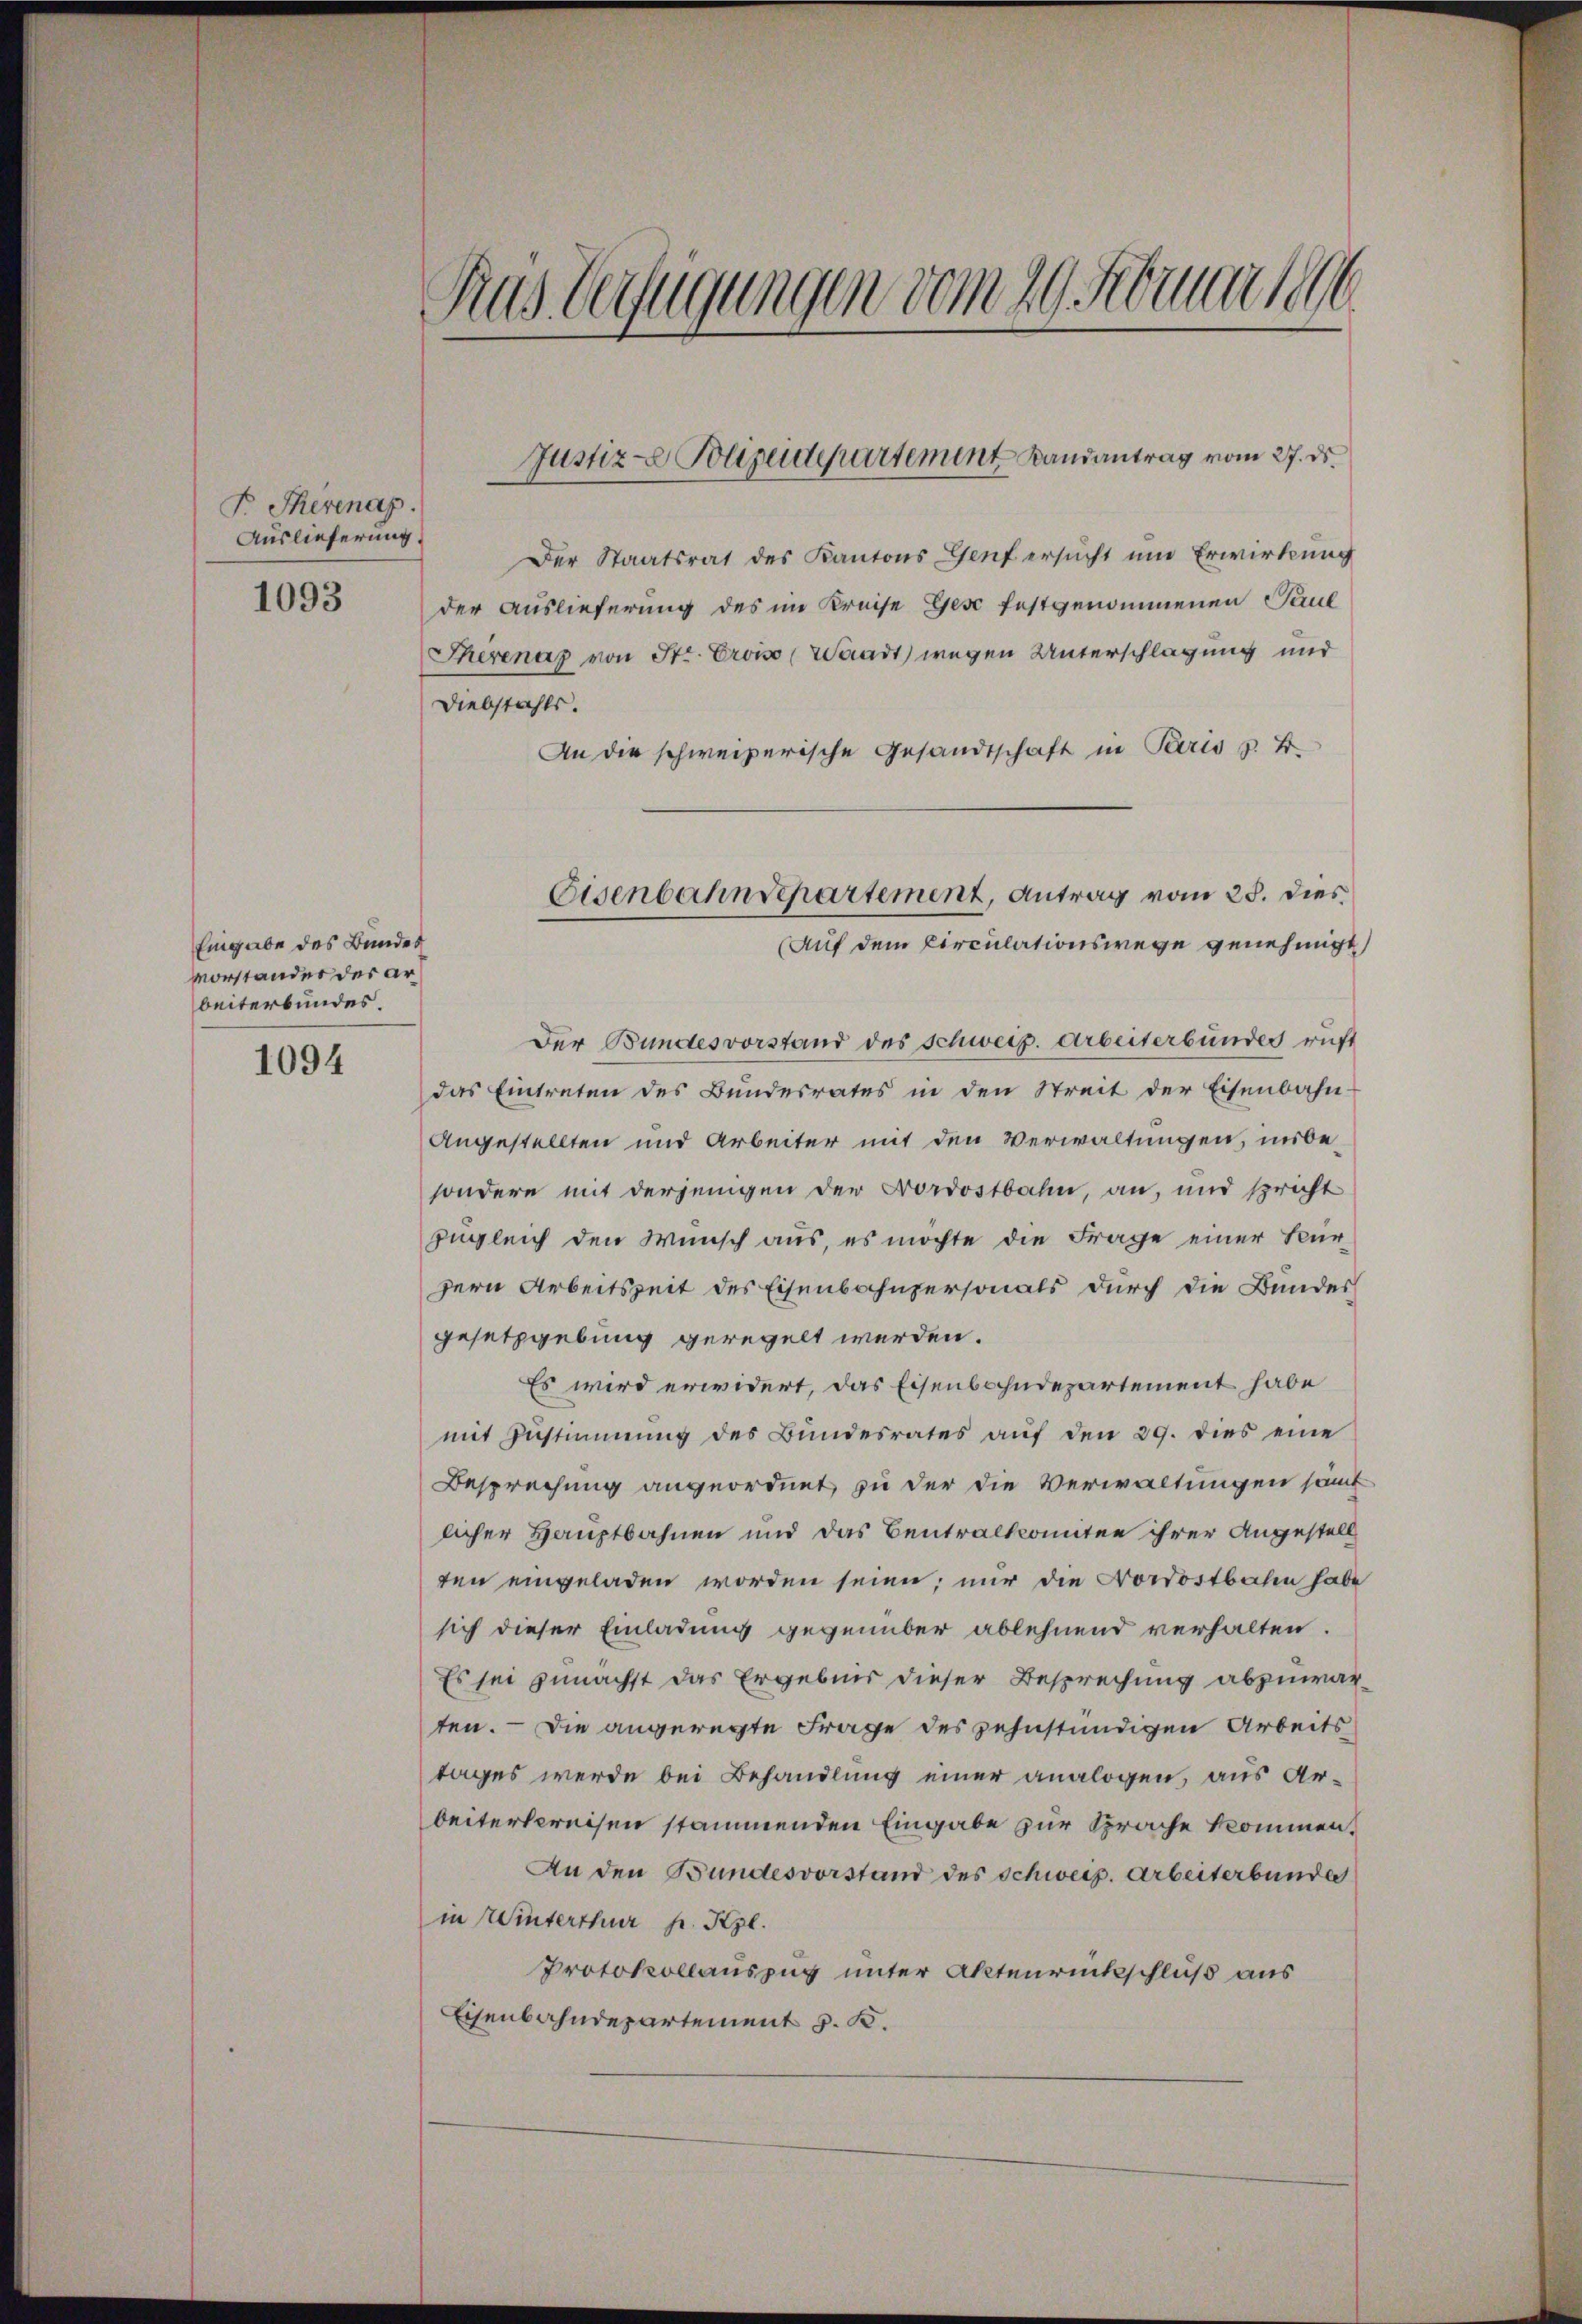
P. Therenap.
Auslieferung.
1093

Eingabe des Bundes
vorstander der arbeiterbundes.

1094

Aus Verfügungen vom 29. Februar 1896

Der Staatsrat des Kantons Genf ersucht um Erwirkung
der Auslieferung des im Kreise Gese festgenommenen Paul
Therenaz von Str. Erois (Waadt) wegen Unterschlagung und
Diebstahls.
An die schweizerische Gesandtschaft in Paris z. B.
Der Bundesvorstand des Schweiz. Arbeiterbundes ruft
das Eintreten des Bundesrates in den Streit der Eisenbahn-
Angestellten und Arbeiter mit den Verwaltungen, unbesondern mit derjenigen der Nordostbahn, an, und spricht
zugleich den Wunsch aus, es möchte die Frage einer Kur¬
Hern Arbeitszeit des Eisenbahnpersonals durch die Bundes
gesetzgebung geregelt werden.
Es wird erwidert, das Eisenbahndepartement habe
mit Zustimmung des Bundesrates aŭf den 29. dies eine
Besprechung angeordnet zu der die Verwaltungen sämt
licher Hauptbahnen und das Centralkomitee ihrer Angestell
ten eingeladen worden seien; nur die Nordostbahn habe
sich dieser Einladung gegenüber ablehnend verhalten.
Es sei zunächst das Ergebnis dieser Besprechung abzuwarten. — Die angeregte Frage des zehnstündigen Arbeits
tages werde bei Behandlung einer analogen, aus Arbeiterbereisen stammenden Eingabe zur Sprache kommen.
An den Bundesvorstand des Schweiz. Arbeiterbunde
in Winterthur pr. Kgl.
Protokollauszug unter Aktenrückschluß aus
Eisenbahndepartement z. B.

Justiz- Polizeidepartement Landantrag vom 27. ds.

Eisenbahndepartement, Antrag vom 25. Dies
Auf dem Circulationswege genehmigt,